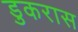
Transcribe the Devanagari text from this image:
डुकरास